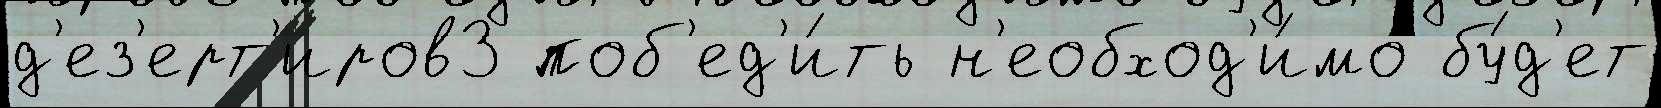
д'ез'ерт'иров3 поб'ед'и́ть н'еобход'и́мо бу́д'ет